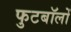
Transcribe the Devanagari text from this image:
फुटबॉलों